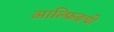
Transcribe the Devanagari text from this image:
आल्फ्रिडची